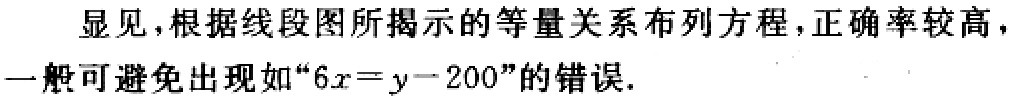
显见，根据线段图所揭示的等量关系布列方程，正确率较高，

一般可避免出现如“\(6x = y - 200\)”的错误.